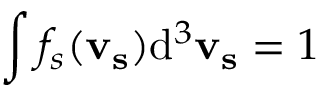
\int f _ { s } ( \mathbf { v _ { s } } ) \mathrm { d } ^ { 3 } \mathbf { v _ { s } } = 1